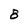
Character: 8